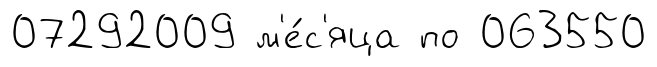
07292009 м'е́с'яца по 063550